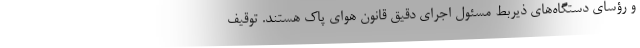
و رؤسای دستگاه‌های ذیربط مسئول اجرای دقیق قانون هوای پاک هستند. توقیف